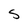
Character: S